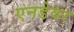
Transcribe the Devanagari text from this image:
एनडेवर